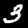
Label: 3